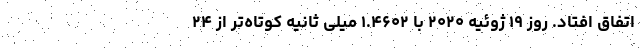
اتفاق افتاد. روز ۱۹ ژوئیه ۲۰۲۰ با ۱.۴۶۰۲ میلی ثانیه کوتاه‌تر از ۲۴